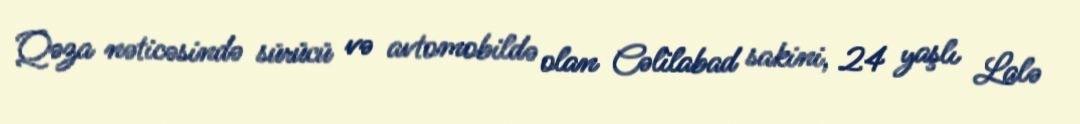
Qəza nəticəsində sürücü və avtomobildə olan Cəlilabad sakini, 24 yaşlı Lalə